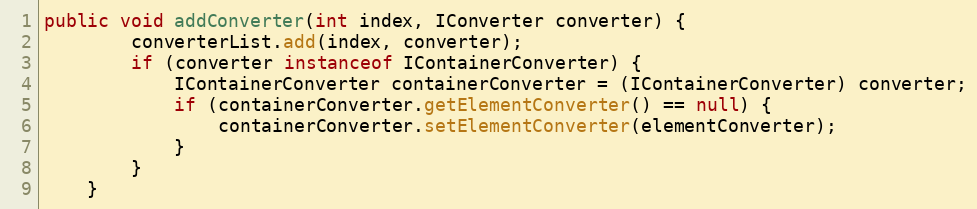
Language: Java
public void addConverter(int index, IConverter converter) {
		converterList.add(index, converter);
		if (converter instanceof IContainerConverter) {
			IContainerConverter containerConverter = (IContainerConverter) converter;
			if (containerConverter.getElementConverter() == null) {
				containerConverter.setElementConverter(elementConverter);
			}
		}
	}